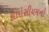
કોલોસીયમનો